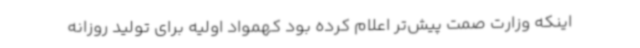
اینکه وزارت صمت پیش‌تر اعلام کرده بود کهمواد اولیه برای تولید روزانه